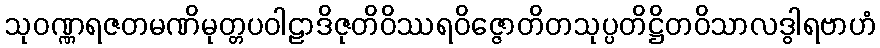
သုဝဏ္ဏရဇတမဏိမုတ္တပဝါဠာဒိဇုတိဝိဿရဝိဇ္ဇောတိတသုပ္ပတိဋ္ဌိတဝိသာလဒွါရဗာဟံ